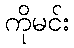
ကိုမင်း